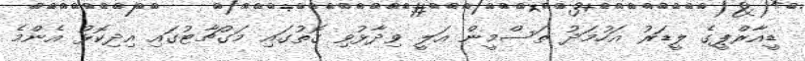
ޑީއާރްޕީގެ ލީޑަރު އަހުމަދު ތަސްމީން އަލީ ވިދާޅުވި ގޮތުގައި މަގުޗާޓުގައި އިދިކޮޅު އެންމެ